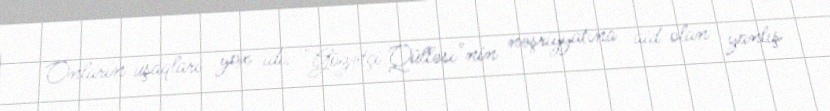
Onların uşaqları yox idi. "Gözətçi Qülləsi"nin nəşriyyatına aid olan yanlış